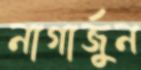
নাগার্জুন